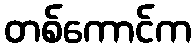
တစ်ကောင်က